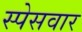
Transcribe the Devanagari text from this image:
स्पेसवार